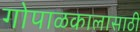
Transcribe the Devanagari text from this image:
गोपाळकालासाठी